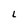
Character: L